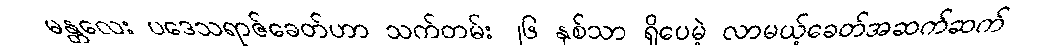
မန္တလေး ပဒေသရာဇ်ခေတ်ဟာ သက်တမ်း ၂၆ နှစ်သာ ရှိပေမဲ့ လာမယ့်ခေတ်အဆက်ဆက်